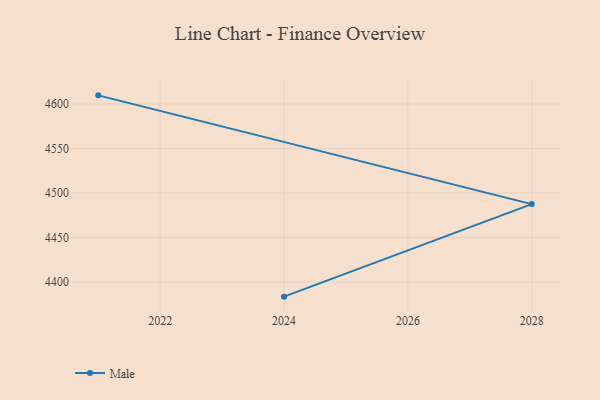
{"axis": {"x": "Year", "y": "Latency (ms)"}, "legend": ["Male"], "data": [{"x": "2021", "y": 4609.7, "type": "Male"}, {"x": "2028", "y": 4487.5, "type": "Male"}, {"x": "2024", "y": 4383.5, "type": "Male"}]}